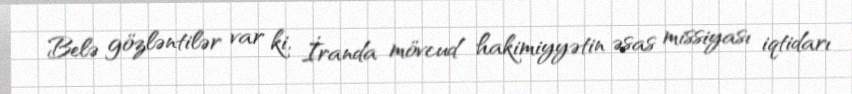
Belə gözləntilər var ki, İranda mövcud hakimiyyətin əsas missiyası iqtidarı